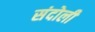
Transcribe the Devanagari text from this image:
संदोली